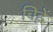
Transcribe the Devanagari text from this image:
चिह्नें